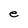
Character: e